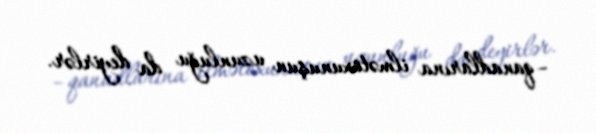
–qanadlarına ilmətoxunuşun uzunluğu da deyirlər.